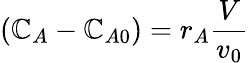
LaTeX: (\mathbb{C}_{A}-\mathbb{C}_{A0})=r_{A}{\frac{{V}}{{v_{0}}}}